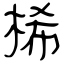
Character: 桸